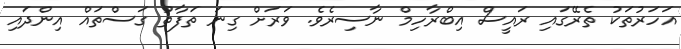
އަހަރުތަކު ތެރޭގައި ރައީސް އިބްރާހިމް ނާސިރެވެ. ވަރަށް ގިނަ ތަފާތު ގަސްތައް އިންދައި